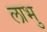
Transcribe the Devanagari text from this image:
लाभु